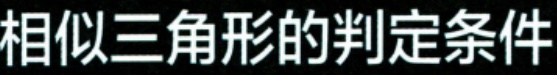
相似三角形的判定条件